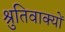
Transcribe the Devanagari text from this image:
श्रुतिवाक्यों